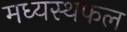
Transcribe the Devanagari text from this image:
मध्यस्थफल